Plague in India, 1896, 1897 - Volume 1
Year: 1896
Disease focus: Plague
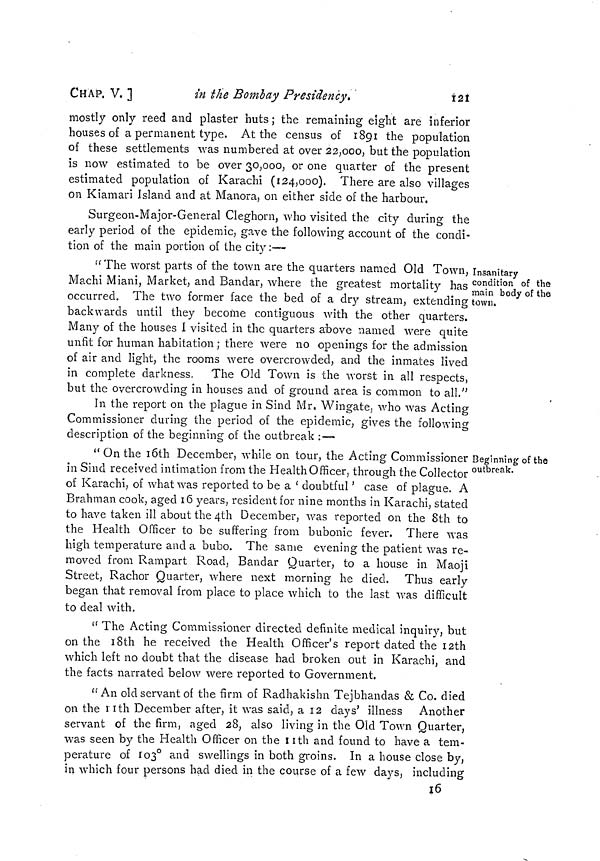
CHAP. V. ]
in the Bombay Presidency.
Í2I
mostly only reed and plaster huts ; the remaining eight are inferior
houses of a permanent type. At the census of 1891 the population
of these settlements was numbered at over 22,000, but the population
is now estimated to be over 30, 000, or one quarter of the present
estimated population of Karachi (124,000). There are also villages
on Kiamari Island and at Manora, on either side of the harbour.
Surgeon-Major-General Cleghorn, who visited the city during the
early period of the epidemic, gave the following account of the condi-
tion of the main portion of the city :—
Insanitary
condition of the
main body of the
town.
"The worst parts of the town are the quarters named Old Town,
Machi Miani, Market, and Bandar, where the greatest mortality has
occurred. The two former face the bed of a dry stream, extending
backwards until they become contiguous with the other quarters.
Many of the houses I visited in the quarters above named were quite
unfit for human habitation ; there were no openings for the admission
of air and light, the rooms were overcrowded, and the inmates lived
in complete darkness. The Old Town is the worst in all respects-,
but the overcrowding in houses and of ground area is common to all."
In the report on the plague in Sind Mr. Wingate, who was Acting
Commissioner during the period of the epidemic, gives the following
description oí the beginning of the outbreak :—
Beginning of the
outbreak.
" On the 16th December, while on tour, the Acting Commissioner
in Sind received intimation from the Health Officer, through the Collector
of Karachi, of what was reported to be a 'doubtful ' case of plague. A
Brahman cook, aged 16 years, resident for nine months in Karachi, stated
to have taken ill about the 4th December, was reported on the 8th to
the Health Officer to be suffering from bubonic fever. There was
high temperature and a bubo. The same evening the patient was re-
moved from Rampart Road, Bandar Quarter, to a house in Maoji
Street, Rachor Quarter, where next morning he died. Thus early
began that removal from place to place which to the last was difficult
to deal with.
" The Acting Commissioner directed definite medical inquiry, but
on the 18th he received the Health Officer's report dated the 12th
which left no doubt that the disease had broken out in Karachi, and
the facts narrated below were reported to Government.
"An old servant oí the firm of Radhakishn Tejbhandas & Co. died
on the 11th December after, it was said, a 12 days' illness Another
servant of the firm, aged 28, also living in the Old Town Quarter,
was seen by the Health Officer on the 11th and found to have a tem-
perature of 103° and swellings in both groins. In a house close by,
in which four persons had died in the course of a few days, including
16